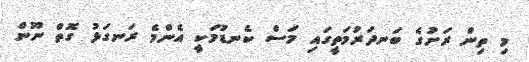
މި ތިން ރަށުގެ ބަނދަރުމަތީގައި މަސް ކެނޑުމަކީ އެންމެ ރަނގަޅު ގޮތް ނޫން